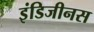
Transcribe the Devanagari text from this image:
इंडिजीनस